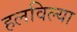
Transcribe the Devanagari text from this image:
हलविल्या